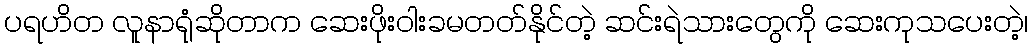
ပရဟိတ လူနာရုံဆိုတာက ဆေးဖိုးဝါးခမတတ်နိုင်တဲ့ ဆင်းရဲသားတွေကို ဆေးကုသပေးတဲ့၊